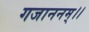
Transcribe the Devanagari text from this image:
गजाननम्।।